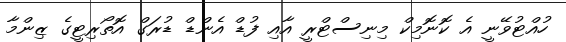
ހުއްޓުވޭނީ އެ ކޮނޮމިކް މިނިސްޓްރީ އާއި ފުޑް އެންޑް ޑުރަގް އޮތޯރިޓީގެ ޒިންމާ